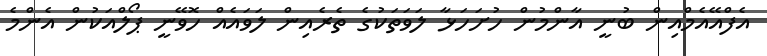
އެފްއޭއެމްއިން ބުނީ އާންމުން ހުށަހަޅާ ލަވަތަކުގެ ތެރެއިން ލަވައެއް ހޮވޭނީ ޕޯލްއަކުން އެންމެ